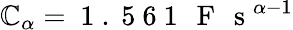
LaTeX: \mathbb{C}_{\alpha}=\mathrm{{~1~.~5~6~1~\, ~F~\, ~s~}}^{\alpha-1}